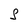
Character: S